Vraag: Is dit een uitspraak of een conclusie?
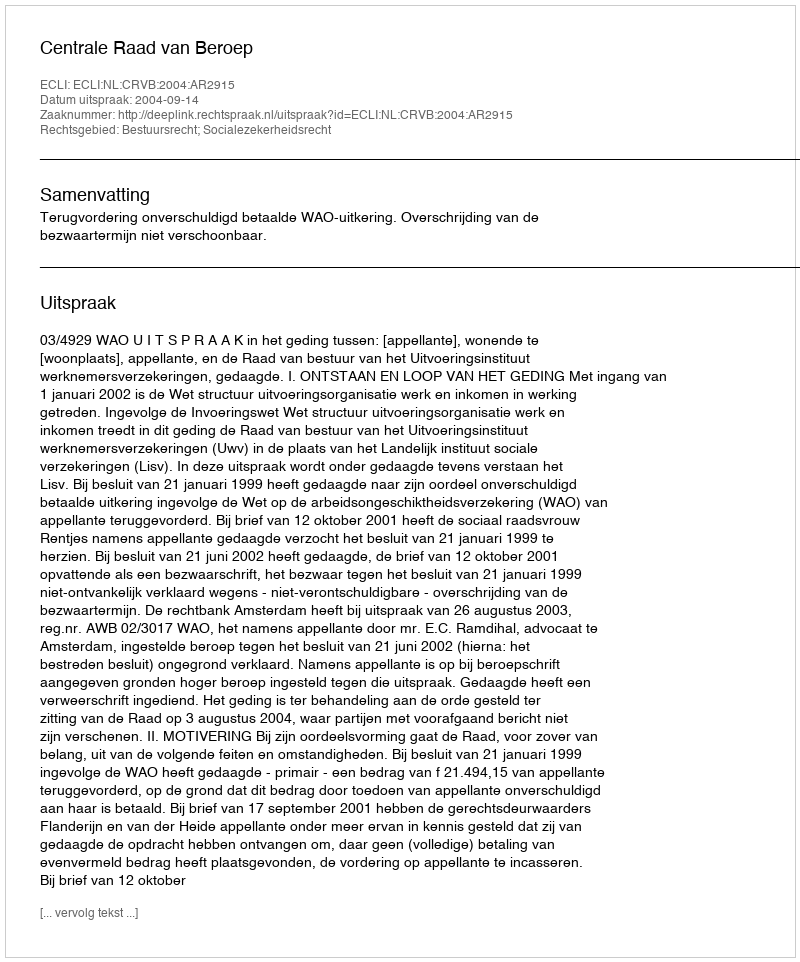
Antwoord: Uitspraak